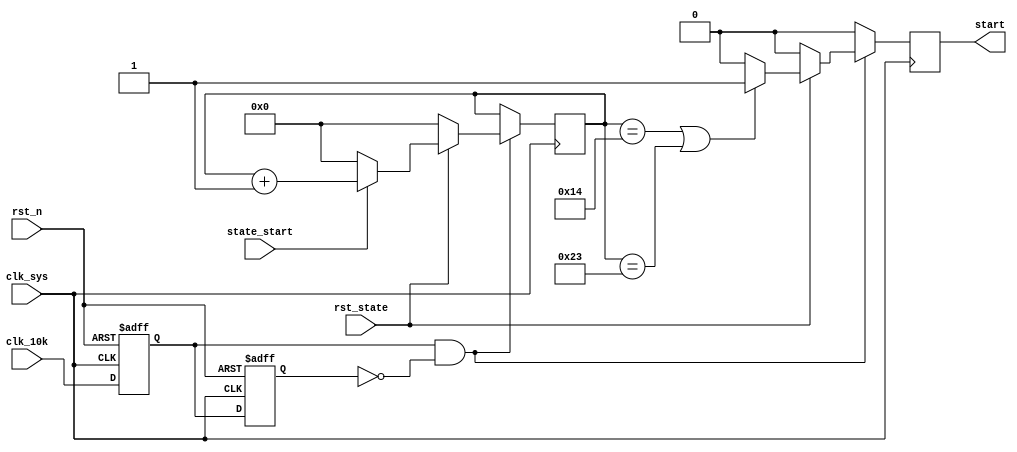
// ppheavy_on_timer.v
//---------------------------------------------------------------------------------
// Company: <Hust>
//
// File history:
//      <Revision 01>: <2013-05-20>: <Comments>
//      <Revision number>: <yy-dd-hh>: <Comments>
//      <Revision number>: <yy-dd-hh>: <Comments>
//
// Description: 
//
// < ppheavy  _>
//
// Targeted device: <ProASIC3> <A3P1000> <FBGA144>
//
//---------------------------------------------------------------------------------
module ppheavy_on_timer_md(
                        // input ports
                        clk_sys,
                        rst_state,
                        rst_n,
                        clk_10k,
                        state_start,
                        //work,
                        
                        // output ports
                        start
                        );

	// input and output delcarations
	input clk_sys;
	input rst_state;
	input rst_n;
	input clk_10k;
	input state_start;
	
	output start;
	
	// reg and wire declaraions for input and output                
	reg start;
	
  // reg and wire in the RTL logic
  reg [5:0] cnt;
  
  reg clk_10k_reg1;
  reg clk_10k_reg2;
  
  wire clk_10k_en;
  
  //**********************************************************************************
  // RTL logic
  //**********************************************************************************
  
  always @(posedge clk_sys or negedge rst_n)
  	begin
  		if (!rst_n)
  			begin
  				clk_10k_reg1 <= 1'b0;
  				clk_10k_reg2 <= 1'b0;
  			end
  		else
  			begin
  				clk_10k_reg1 <= clk_10k;
  				clk_10k_reg2 <= clk_10k_reg1;
  			end
  	end  	        
  	
  assign clk_10k_en = (clk_10k_reg1 & (~clk_10k_reg2));
  
  always @(posedge clk_sys)
  	begin
  		if (clk_10k_en == 1'b1)
  			begin
  				if (rst_state == 1'b0)
  					cnt <= 6'b0;
  				else
  					begin
  						if (state_start == 1'b1)
  							cnt <= cnt + 1'b1;
  						else
  							cnt <= 6'b0;
  					end
  			end
  		else
  			begin
  				cnt <= cnt;
  			end
  	end
  
//always @(posedge clk_sys)
//	begin
//		if (rst_state == 1'b0)
//			begin
//				cnt <= 6'b0;
//			end
//	  else 
//	    begin
//	    	if(clk_10k_en == 1'b1)
//  				begin
//  					cnt <= cnt + 1'b1;
//  				end
//  		  else
//          begin
//            if (state_start == 1'b1) 
//	  		  	  begin
//	  		  		  cnt <= cnt;
//	  		  	  end
//            else
//              begin
//                cnt <= 6'b0;
//              end
//          end
//  		end
//	end   
  	
  always @(posedge clk_sys)
  	begin
  		if (clk_10k_en == 1'b1)
  			begin
          if (rst_state == 1'b0)
  					start <= 1'b0;
  				else
  					begin
  						if (cnt == 6'd20 || cnt == 6'd35)
  							start <= 1'b1;
  						else
  							start <= 1'b0;
  					end  				
  			end
  		else
  			begin
  				start <= 1'b0;
  			end
  	end
  	
//always @(posedge clk_sys)
//	begin
//		if (rst_state == 1'b0)
//			begin
//				start <= 1'b0;
//			end
//		else if (clk_10k_en == 1'b1)
//			begin
//				if (cnt == 6'd20 || cnt == 6'd35)
//					begin
//						start <= 1'b1;
//					end
//				else
//					begin
//						start <= 1'b0;
//					end
//			end
//	end
	                        

endmodule


//module ppheavy_on_timer(
//                    //clk_sys,
//                    rst_n,
//                    state_start,
//                    start,
//                    clk_10k
//                   );
//
////input clk_sys;
//input rst_n;
//input state_start;
//
//input clk_10k;
//
//output start;
//reg start;
//
//reg [5:0] count;
//
//
////always @ (posedge clk_10k or  negedge rst_n)
//always @ (posedge clk_10k)
//    begin
//         if (rst_n == 1'b0)
//             count <= 6'b0;
//         else
//             begin
//                  if (state_start == 1'b1)
//                      count <= count + 1;
//                 
//                  else
//                      count <= 0;
//             end
//    end
//always @ (posedge clk_10k)
//    begin
//         if (rst_n == 1'b0)
//             start <= 0;
//         else
//             begin
//                  if (count==6'd20||count==6'd35)
//                      start <= 1;
//                 
//                  else
//                      start <= 0;
//             end
//    end
//endmodule
//